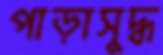
পাড়াসুদ্ধ